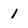
Character: 1